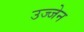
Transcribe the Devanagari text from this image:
उज्‍जेन